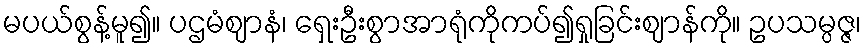
မပယ်စွန့်မူ၍။ ပဌမံဈာနံ၊ ရှေးဦးစွာအာရုံကိုကပ်၍ရှုခြင်းဈာန်ကို။ ဥပသမ္ပဇ္ဇ၊